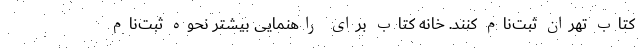
کتاب تهران ثبت‌نام کنند. خانه کتاب برای راهنمایی بیشتر نحوه ثبت‌نام